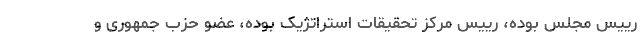
رییس مجلس بوده، رییس مرکز تحقیقات استراتژیک بوده، عضو حزب جمهوری و